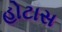
હોટાસ